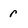
Character: r